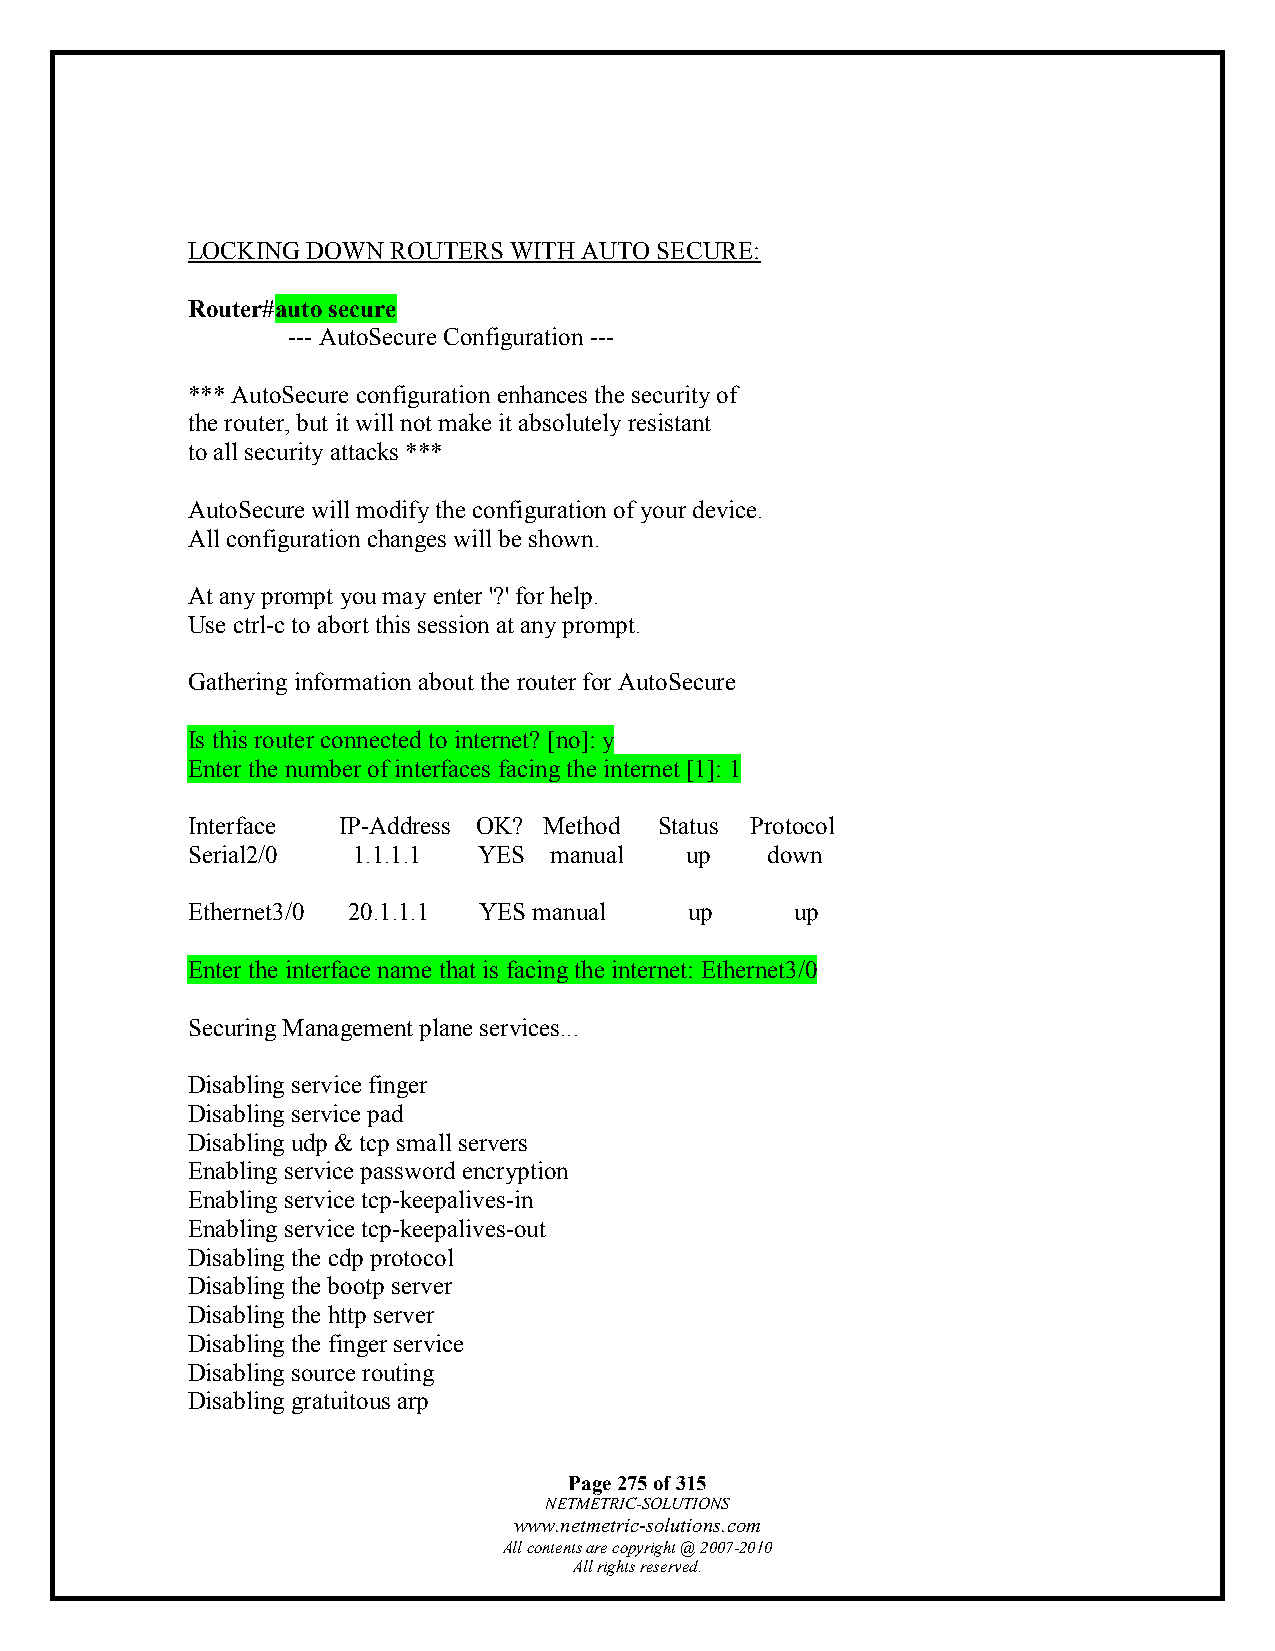
LOCKING DOWN  ROUTERS WITH AUTO SECURE:
 Router#auto secure
 --- AutoSecure Configuration ---
 *** AutoSecure configuration enhances the security of
 the router, but it will not make it absolutely resistant
 to all security attacks ***
 AutoSecure will modify the configuration of your device.
 All configuration changes will be shown.
 At any prompt you may enter '?' for help.
 Use ctrl-c to abort this session at any prompt.
 Gathering information about the router for AutoSecure
 Is this router connected to internet? [no]: y
 Enter the number of interfaces facing the internet [1]: 1
 Interface IP-Address OK? Method Status Protocol
 Serial2/0  1.1.1.1  YES manual   up    down
 Ethernet3/0 20.1.1.1 YES manual   up     up
 Enter the interface name that is facing the internet: Ethernet3/0
 Securing Management plane services...
 Disabling service finger
 Disabling service pad
 Disabling udp & tcp small servers
 Enabling service password encryption
 Enabling service tcp-keepalives-in
 Enabling service tcp-keepalives-out
 Disabling the cdp protocol
 Disabling the bootp server
 Disabling the http server
 Disabling the finger service
 Disabling source routing
 Disabling gratuitous arp
 Page 275 of 315
 NETMETRIC-SOLUTIONS
 www.netmetric-solutions.com
 All contents are copyright @ 2007-2010
 All rights reserved.